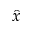
\hat { x }